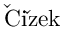
\mathrm { \check { C } i \check { z } e k }